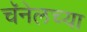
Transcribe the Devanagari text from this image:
चॅनेलच्या